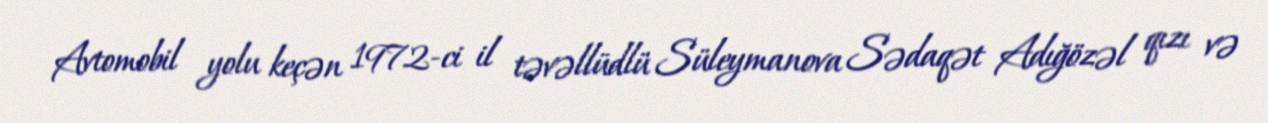
Avtomobil yolu keçən 1972-ci il təvəllüdlü Süleymanova Sədaqət Adığözəl qızı və